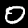
Digit: 0